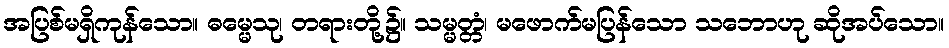
အပြစ်မရှိကုန်သော။ ဓမ္မေသု၊ တရားတို့၌။ သမ္မတ္တံ၊ မဖောက်မပြန်သော သဘောဟု ဆိုအပ်သော။